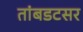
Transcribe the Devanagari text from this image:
तांबडटसर